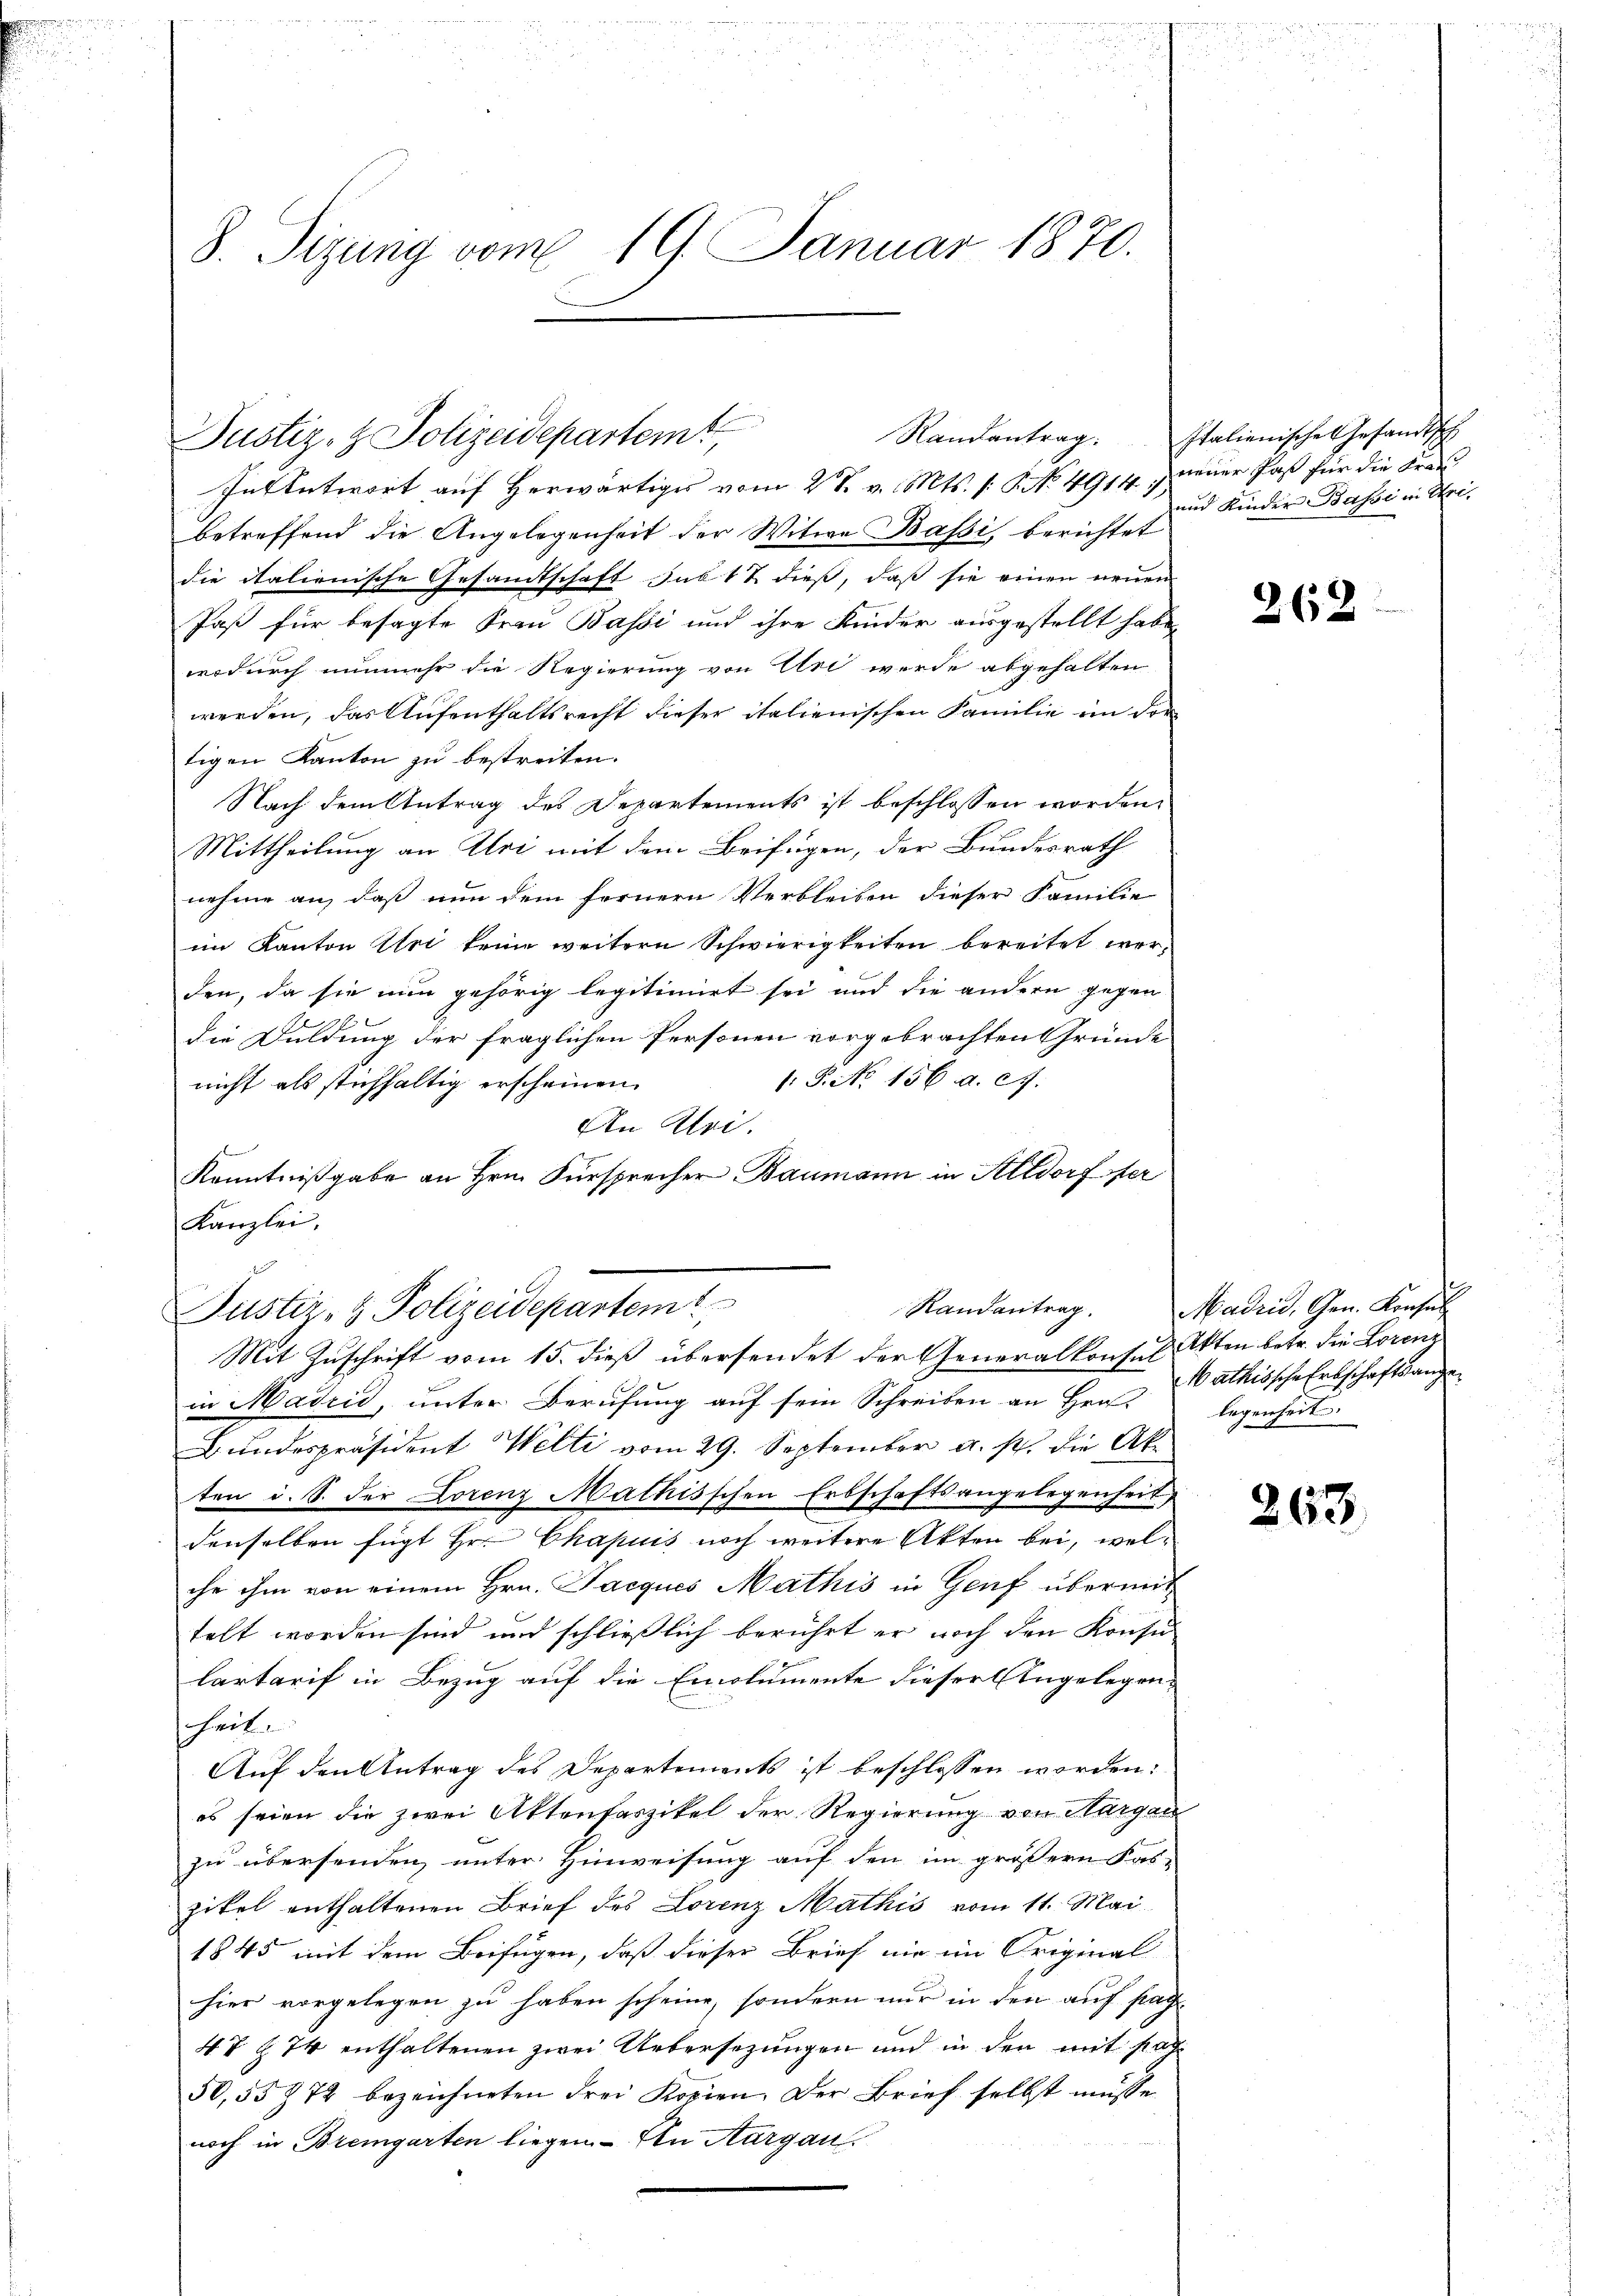
8. Sizung vom 19. Januar 1870.

In Antwort auf Herwärtiges vom 28. v. Mts. (: P. No 4914),
betreffend die Angelegenheit der Witwe Bassi, berichtet
die italienische Gesandtschaft sub 12 dieß, daß sie einen neuen
Paß für besagte Frau Bassi und ihre Kinder ausgestellt habe,
wodurch nunmehr die Regierung von Uri werde abgehalten
werden, das Aufenthaltsrecht dieser italienischen Familie in der
tigen Kanton zu bestreiten.
Nach dem Antrag des Departements ist beschlossen worden,
Mittheilung an Uri mit dem Beifügen, der Bundesrath
nehme an, daß nun dem fernern Verbleiben dieser Familie
im Kanton Uri keine weitern Schwierigkeiten bereitet werden, da sie nun gehörig legitimirt sei und die andern gegen
die Duldung der fraglichen Personen vorgebrachten Gründe
: P. No 156 a. c.
nicht als stichhaltig erscheinen.
An Uri.
Kenntnißgabe an Hrn. Fürsprecher Baumann in Altdorf fer
Kanzlei.
in Madin, unter Berufung auf sein Schreiben an Hrn.
Bundespräsident Welti vom 29. September a. s. die Ak
ten i. S. der Lorenz Mathisschen Erbschaftsangelegenheit,
denselben fügt Hr. Chapuis noch weitere Akten bei, welche ihm von einem Hrn. Jacques Mathis in Genf übermit
telt worden sind und schließlich berührt er noch den Konsu
Cartarif in Bezug auf die Emolumente dieser Angelegen-
heit.
Auf den Antrag des Departements ist beschlossen worden:
es seien die zwei Aktenfaszikel der Regierung von Margau
zu übersenden, unter Hinweisung auf den im größere Fas-
zikel enthaltenen Brief des Lorenz Mathis vom 11. Mai
1845 mit dem Beifügen, daß dieser Brief nie im Original
hier vorgelegen zu haben scheine, sondern nur in den auf frag¬
47 § 74 enthaltenen zwei Uebersezungen und in den mit sag
50,55772 bezeichneten drei Kopien. Der Brief selbst müsse
noch in Bremgarten liegen. - In Aargau.

Dustiz- & Polizeidepartemt

Randantrag.
Justiz- & Polizeidepartem
Mit Zuschrift vom 15. dieß übersendet der Generalkonsul Akten betr. die Lorenz

Randantrag. Italienische Gesandtsch
neuer das für die Fran
und Kinder Basse in Uri,

262

Madrid, Gen. Konsul
Mathissche Erbschaftsange
legenheit.

263